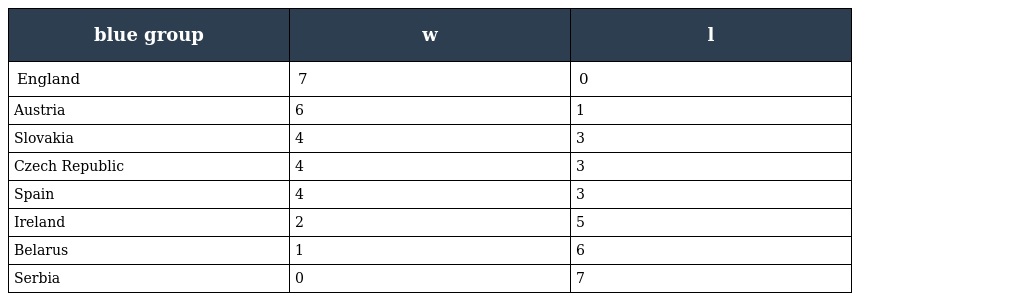
| blue group | w | l |
 | --- | --- | --- |
 | England | 7 | 0 |
 | Austria | 6 | 1 |
 | Slovakia | 4 | 3 |
 | Czech Republic | 4 | 3 |
 | Spain | 4 | 3 |
 | Ireland | 2 | 5 |
 | Belarus | 1 | 6 |
 | Serbia | 0 | 7 |